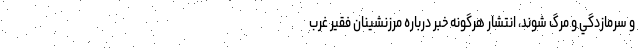
و سرمازدگي و مرگ شوند، انتشار هرگونه خبر درباره مرز‌نشينان فقير غرب